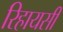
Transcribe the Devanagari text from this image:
रिहायसी